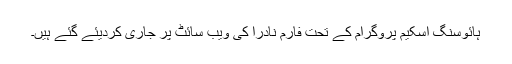
ہائوسنگ اسکیم پروگرام کے تحت فارم نادرا کی ویب سائٹ پر جاری کردیئے گئے ہیں۔